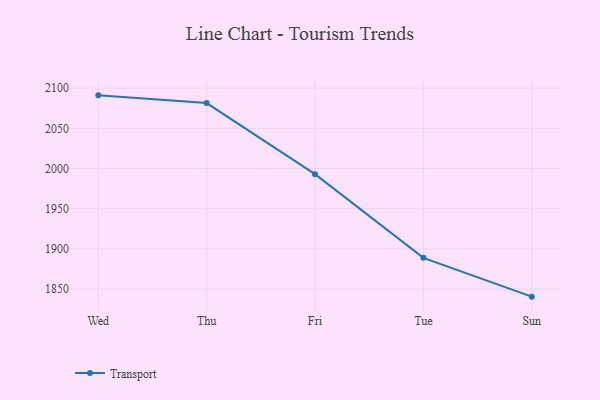
{"axis": {"x": "Day", "y": "Market Share (%)"}, "legend": ["Transport"], "data": [{"x": "Wed", "y": 2091.1, "type": "Transport"}, {"x": "Thu", "y": 2081.5, "type": "Transport"}, {"x": "Fri", "y": 1993.0, "type": "Transport"}, {"x": "Tue", "y": 1888.9, "type": "Transport"}, {"x": "Sun", "y": 1840.6, "type": "Transport"}]}